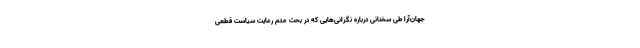
جهان‌آرا طی سخنانی درباره نگرانی‌هایی که در بحث عدم رعایت سیاست قطعی